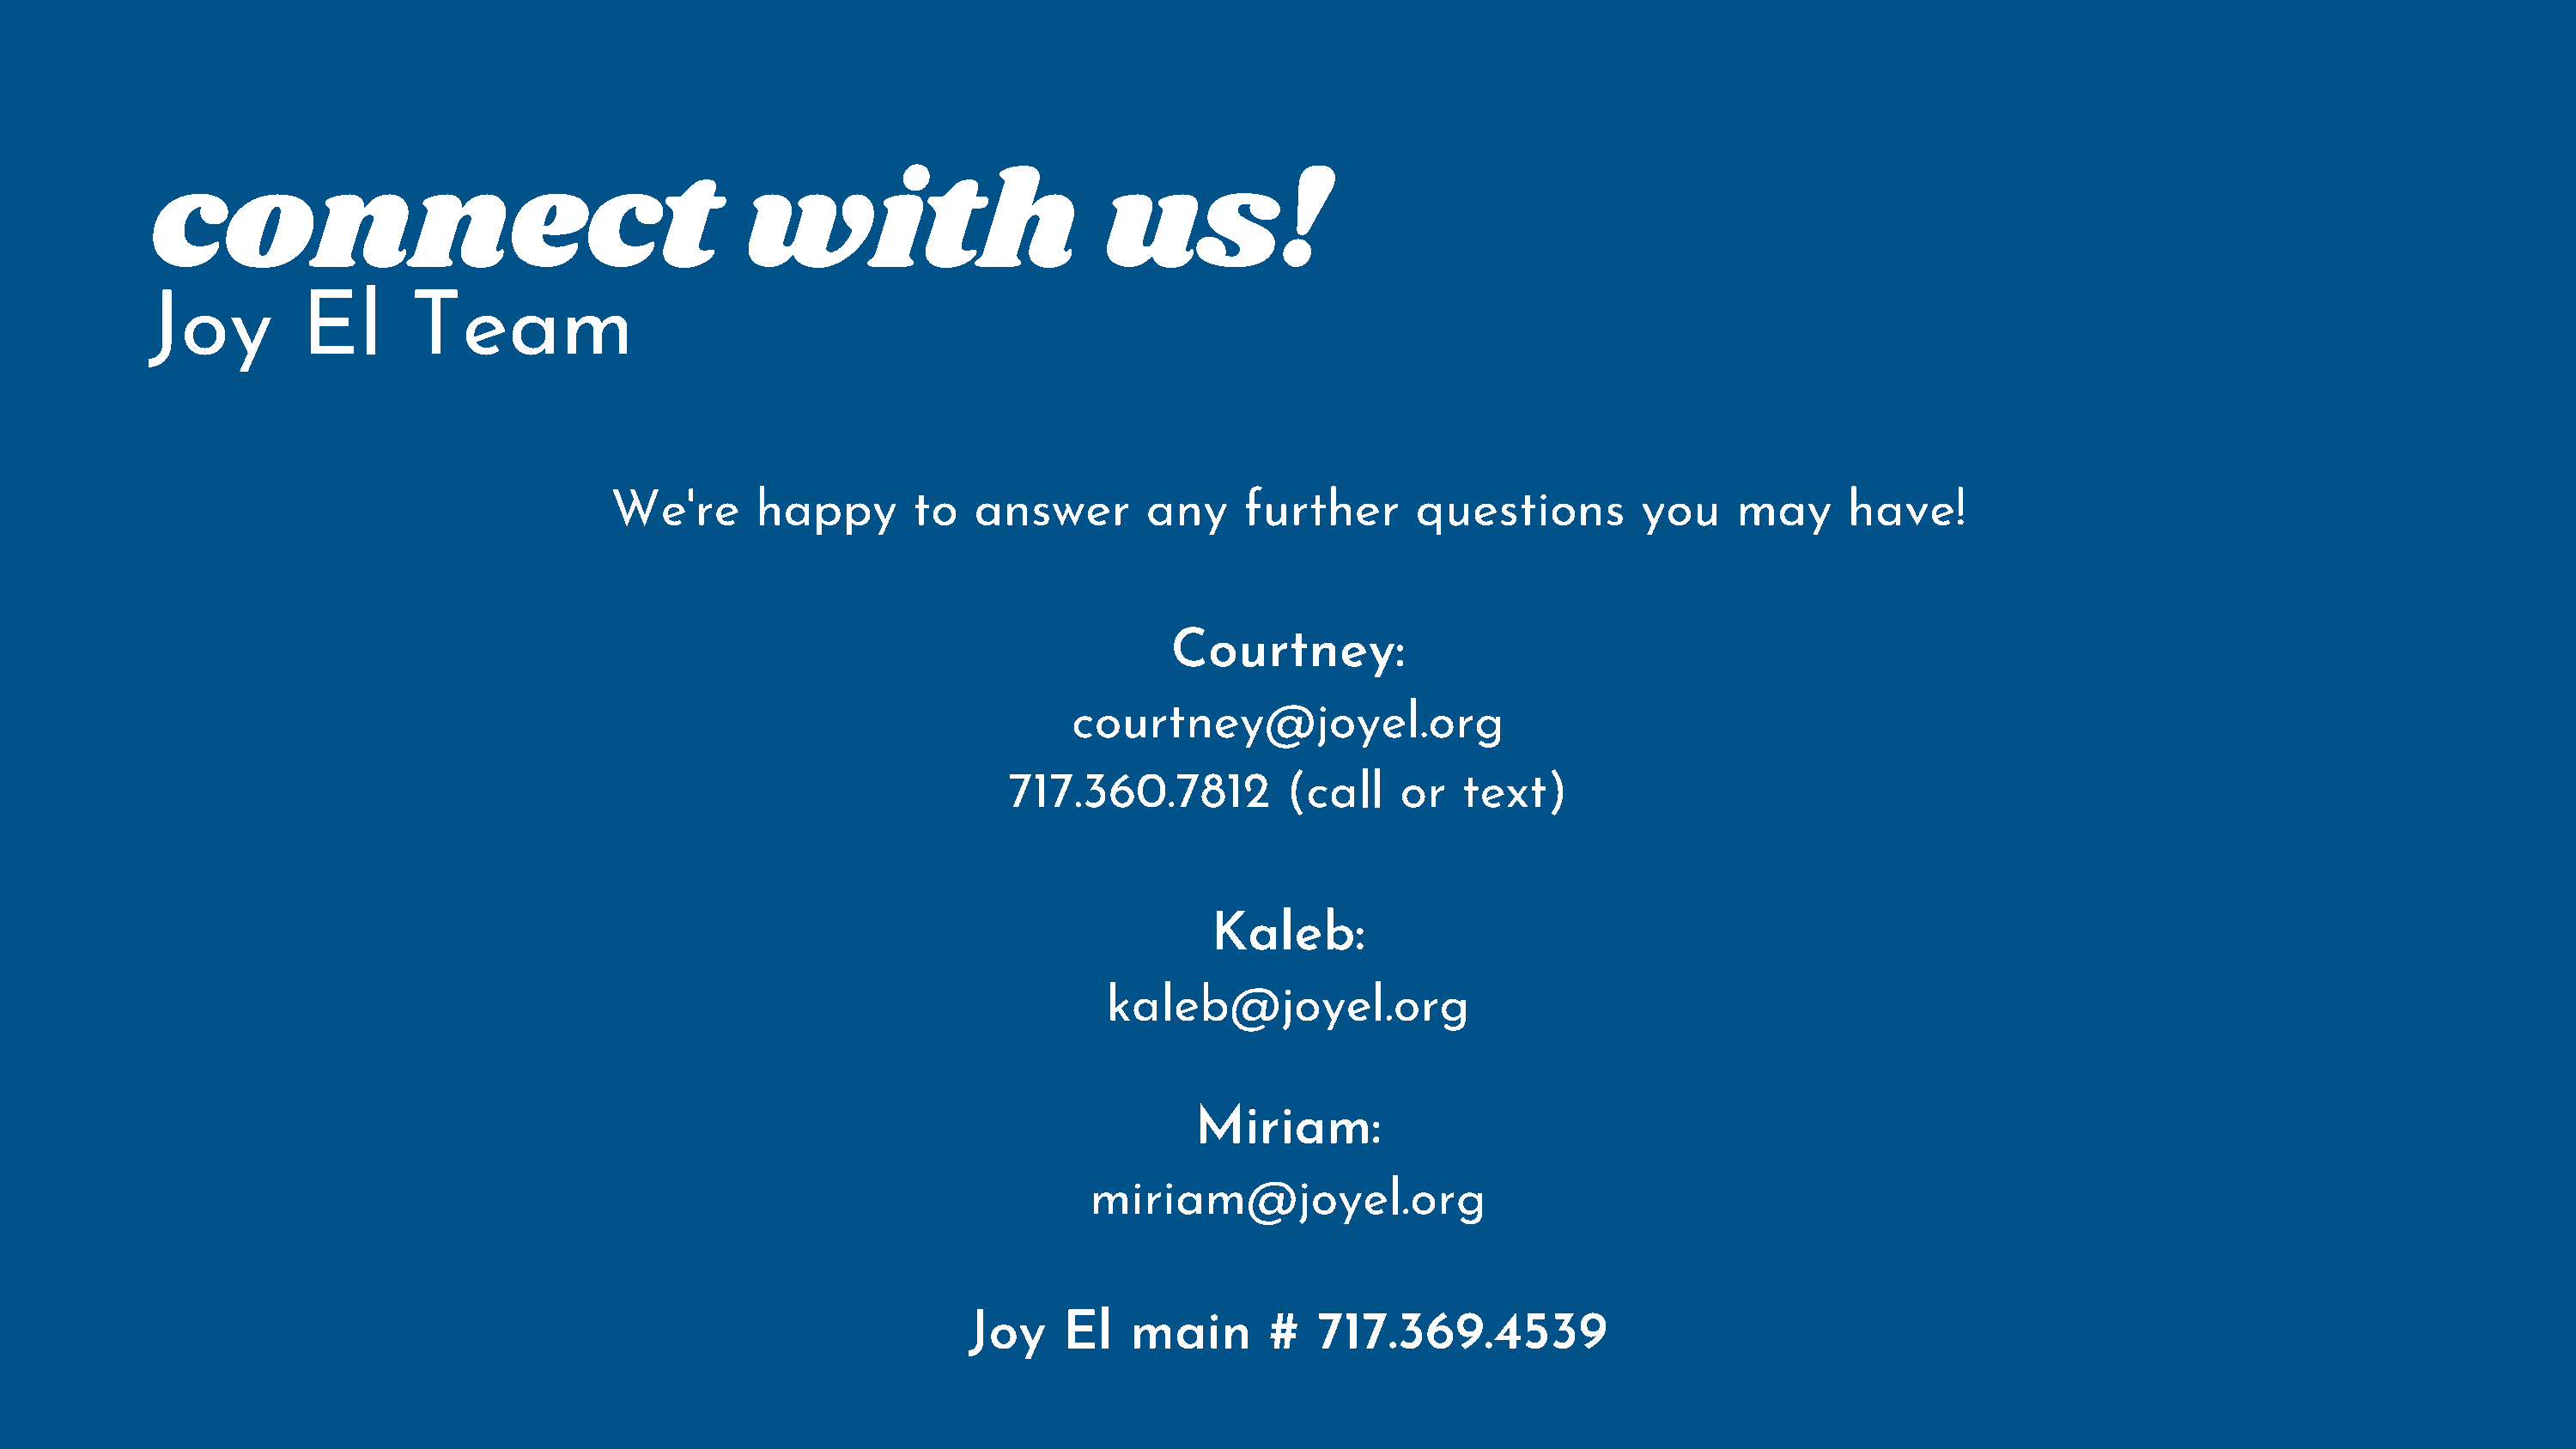
connect                                       with                       us!
 Joy         El       Team
 We're      happy       to   answer       any     further      questions         you    may     have!
 Courtney:
 courtney@joyel.org
 717.360.7812         (call    or   text)
 Kaleb:
 kaleb@joyel.org
 Miriam:
 miriam@joyel.org
 Joy    El   main       #   717.369.4539